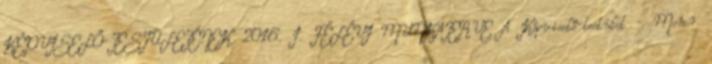
KÉPVISELŐ-TESTÜLETÉNEK 2016. I. FÉLÉVI MUNKATERVE A Képviselő-testület - Monor